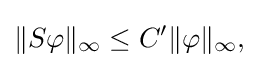
\displaystyle {\|S\varphi \|_{\infty }\leq C^{\prime }\|\varphi \|_{\infty },}